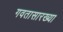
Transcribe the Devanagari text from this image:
गवतासारख्या